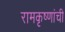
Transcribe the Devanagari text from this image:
रामकृष्णांची